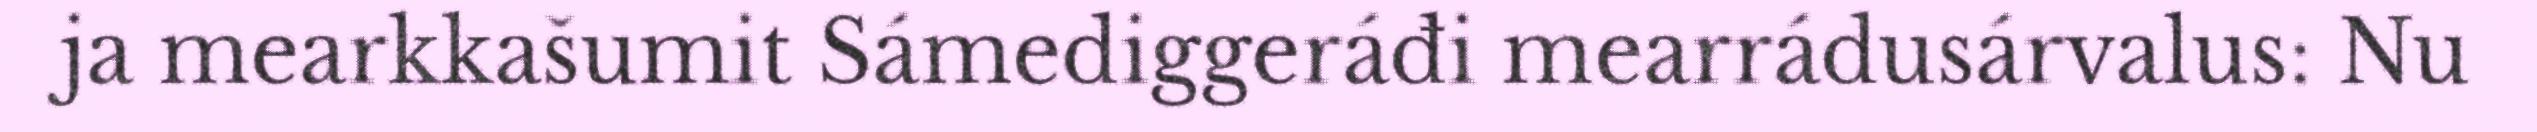
ja mearkkašumit Sámediggeráđi mearrádusárvalus: Nu